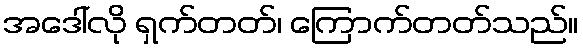
အဒေါ်လို ရှက်တတ်၊ ကြောက်တတ်သည်။